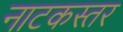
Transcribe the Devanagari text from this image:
नाटकस्तर